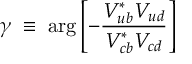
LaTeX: \gamma \; \equiv \; \arg \left[ - \frac { V _ { u b } ^ { * } V _ { u d } } { V _ { c b } ^ { * } V _ { c d } } \right] \; \;